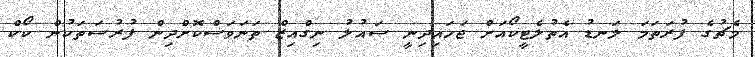
މެޗުގެ ފުރަތަމަ ލަނޑު އެތުލެޓީކޯއަށް ޖަހައިދިނީ ސައުލު ނިގްއިޒް ތަނަވަސްކޮށްދިން ފުރުސަތަކުން ކޯކް